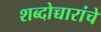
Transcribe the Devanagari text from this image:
शब्दोच्चारांचे